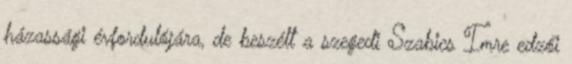
házassági évfordulójára, de beszélt a szegedi Szabics Imre edzői